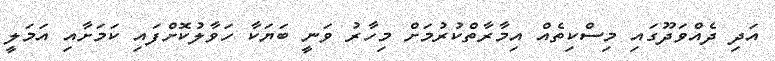
އަދި ދެއްވަދޫގައި މިސްކިތެއް އިމާރާތްކުރުމަށް މިހާރު ވަނީ ބަޔަކާ ހަވާލުކޮށްފައި ކަމަށާއި އަމަލީ